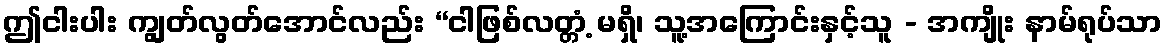
ဤငါးပါး ကျွတ်လွတ်အောင်လည်း “ငါဖြစ်လတ္တံ့ မရှိ၊ သူ့အကြောင်းနှင့်သူ - အကျိုး နာမ်ရုပ်သာ